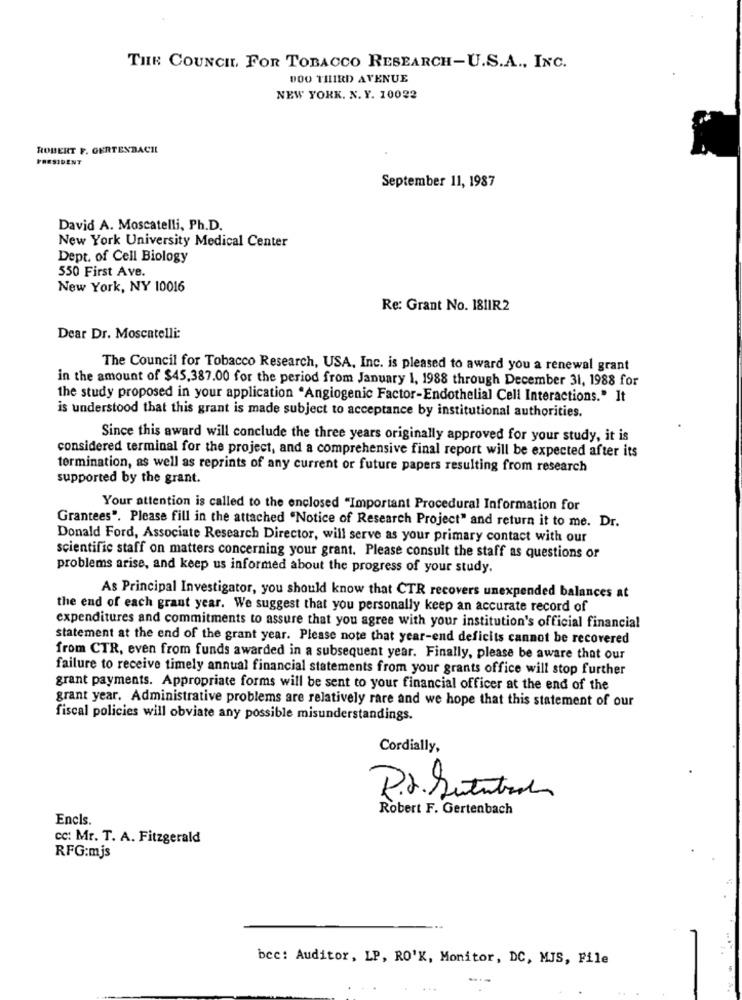
THE COUNCIL, FOR TOBACCO RESEARCH-U.S.A ., INC.
DOO THIRD AVENUE
NEW YORK. N. Y. 10022
ROBERT F. GERTENBACHL
PRESIDENT
September 11, 1987
David A. Moscatelli, Ph.D.
New York University Medical Center
Dept. of Cell Biology
550 First Ave.
New York, NY 10016
Re: Grant No. 181IR2
Dear Dr. Moscatelli:
The Council for Tobacco Research, USA, Inc. is pleased to award you a renewal grant
in the amount of $45,387.00 for the period from January 1, 1988 through December 31, 1988 for
the study proposed in your application "Angiogenic Factor-Endothelial Cell Interactions." It
is understood that this grant is made subject to acceptance by institutional authorities.
Since this award will conclude the three years originally approved for your study, it is
considered terminal for the project, and a comprehensive final report will be expected after its
termination, as well as reprints of any current or future papers resulting from research
supported by the grant.
Your attention is called to the enclosed "Important Procedural Information for
Grantees". Please fill in the attached "Notice of Research Project" and return it to me. Dr.
Donald Ford, Associate Research Director, will serve as your primary contact with our
scientific staff on matters concerning your grant. Please consult the staff as questions or
problems arise, and keep us informed about the progress of your study.
As Principal Investigator, you should know that CTR recovers unexpended balances at
the end of each grant year. We suggest that you personally keep an accurate record of
expenditures and commitments to assure that you agree with your institution's official financial
statement at the end of the grant year. Please note that year-end deficits cannot be recovered
from CTR, even from funds awarded in a subsequent year. Finally, please be aware that our
failure to receive timely annual financial statements from your grants office will stop further
grant payments. Appropriate forms will be sent to your financial officer at the end of the
grant year. Administrative problems are relatively rare and we hope that this statement of our
fiscal policies will obviate any possible misunderstandings.
Cordially,
Robert F. Gertenbach
Encls
cc: Mr. T. A. Fitzgerald
RFG:mjs
bec: Auditor, LP, RO'K, Monitor, DC, MJS, File